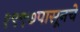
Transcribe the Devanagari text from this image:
१९९७पासूनचे